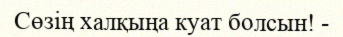
Сөзің халқыңа куат болсын! -